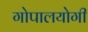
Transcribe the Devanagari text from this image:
गोपालयोगी